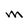
Character: M